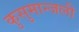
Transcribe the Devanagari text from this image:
कुसुमान्जली